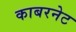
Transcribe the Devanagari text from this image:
काबरनेट